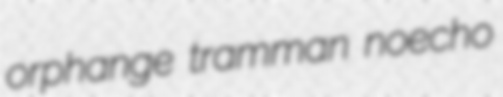
orphange tramman noecho